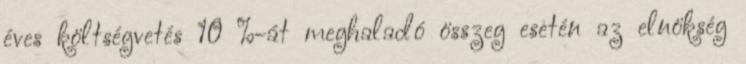
éves költségvetés 10 %-át meghaladó összeg esetén az elnökség